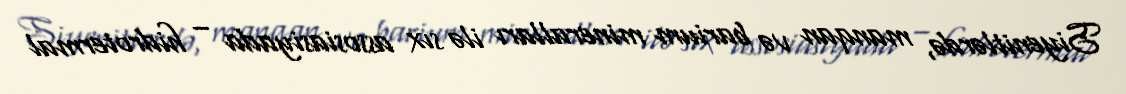
Siyenitlərdə, manqan və barium mineralları ilə sıx assosiasiyada – hidrotermal